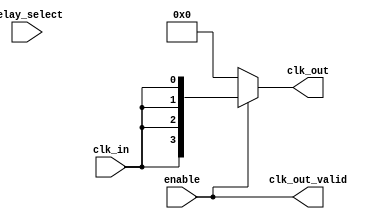
module skew_optimized_clock_buffer (
    input wire clk_in,                // Input clock signal
    input wire [3:0] delay_select,    // Programmable delay selection
    input wire enable,                 // Enable/Disable the clock buffer
    output wire [3:0] clk_out,         // Output clock signals to memory blocks
    output wire clk_out_valid          // Valid output flag
);

    // Parameters for delay elements
    parameter DELAY_UNIT = 5;          // Example delay unit in ns
    parameter NUM_OUTPUTS = 4;          // Number of output drivers

    // Internal signals
    wire clk_buf;                      // Buffered clock signal
    reg [NUM_OUTPUTS-1:0] clk_delayed; // Delayed clock signals

    // Clock Input Stage: Buffer the incoming clock signal
    // Use a simple buffer for demonstration
    assign clk_buf = clk_in;

    // Delay Line Implementation
    genvar i;
    generate
        for (i = 0; i < NUM_OUTPUTS; i = i + 1) begin : delay_line
            always @(*) begin
                if (enable) begin
                    // Introduce programmable delay based on the selected delay
                    clk_delayed[i] = (clk_buf) ? clk_buf : 1'b0;
                    // Implementing the programmable delay
                    #((delay_select[i]) * DELAY_UNIT) clk_delayed[i] = clk_buf;
                end else begin
                    clk_delayed[i] = 1'b0; // Disable output when not enabled
                end
            end
        end
    endgenerate

    // Clock Distribution Network
    // Output stage driving the final clock signal to the memory blocks
    assign clk_out = (enable) ? clk_delayed : 4'b0000; // Distribute the delayed clock signals

    // Valid output flag to indicate clock output is active
    assign clk_out_valid = enable;

endmodule